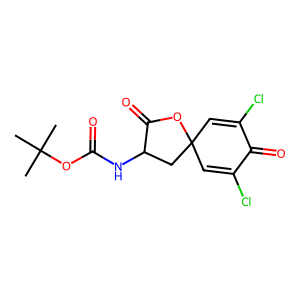
SMILES: CC(C)(C)OC(=O)NC1CC2(C=C(Cl)C(=O)C(Cl)=C2)OC1=O
Inhibits HIV replication: No